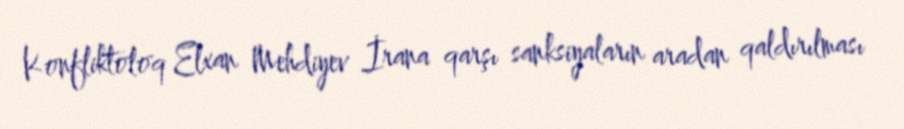
Konfliktoloq Elxan Mehdiyev İrana qarşı sanksiyaların aradan qaldırılması